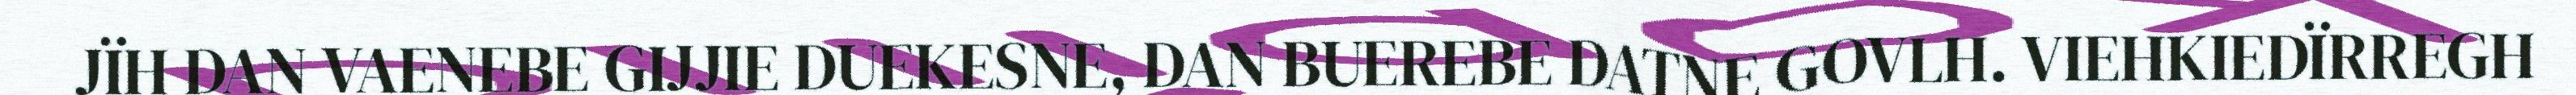
JÏH DAN VAENEBE GIJJIE DUEKESNE, DAN BUEREBE DATNE GOVLH. VIEHKIEDÏRREGH